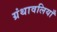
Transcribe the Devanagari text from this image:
ग्रंथावलियाँ